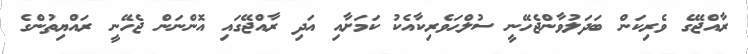
ރާއްޖޭގެ ވެރިކަން ބަދަލުވާންޖެހޭނީ ސުލްޙަވެރިކާއެކު ކަމަށާއި އަދި ރާއްޖޭގައި އޮންނަން ޖެހޭނީ ރައްޔިތުންގެ